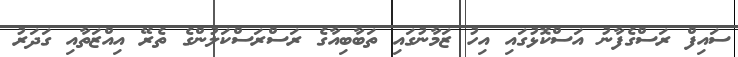
ސައިފް ރަސްގެފާނު އަސްކޮޅުގައި އިހު ޒަމާނުގައި ތަބާބިއާގެ ރަސްރަސްކަލުންގެ ތެރޭ އިއްޒަތާއި ގަދަރު